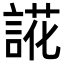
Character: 誮